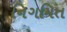
નિગમિત